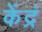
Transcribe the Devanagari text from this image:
केंद्रं